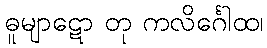
ဓူမျာဋော တု ကလိင်္ဂေါထ၊